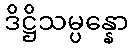
ဒိဋ္ဌိသမ္ပန္နော